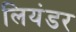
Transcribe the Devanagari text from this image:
लियंडर